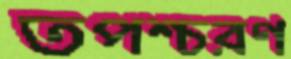
তপশ্চরণ